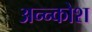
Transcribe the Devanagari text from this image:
अन्‍न्कोश